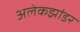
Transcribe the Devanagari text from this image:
अलेकझांडर